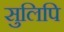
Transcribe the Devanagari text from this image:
सुलिपि